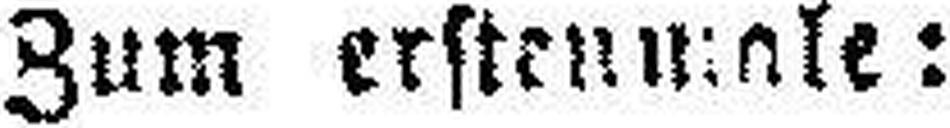
Zum erstenmale: